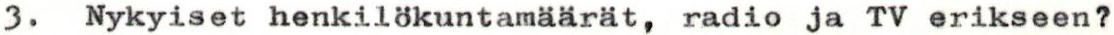
3. Nykyiset henkilökuntamäärät, radio ja TV erikseen?